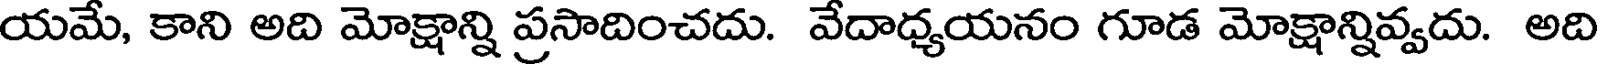
యమే, కాని అది మోక్షాన్ని ప్రసాదించదు. వేదాధ్యయనం గూడ మోక్షాన్నివ్వదు. అది